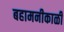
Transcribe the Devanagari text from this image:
बहामनीकाळी